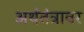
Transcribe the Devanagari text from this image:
अर्थतंत्रावर